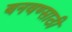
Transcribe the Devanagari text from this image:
बनवण्साठी